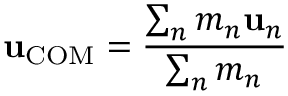
\mathbf { u } _ { \mathrm { C O M } } = { \frac { \sum _ { n } m _ { n } \mathbf { u } _ { n } } { \sum _ { n } m _ { n } } }